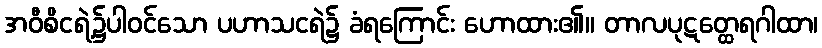
အဝီစိငရဲ့၌ပါဝင်သော ပဟာသငရဲ၌ ခံရကြောင်း ဟောထား၏။ တာလပုဋတ္ထေရဂါထာ၊